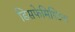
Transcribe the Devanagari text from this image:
डिसफेमिस्टिक